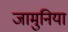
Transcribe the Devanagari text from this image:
जामुनिया